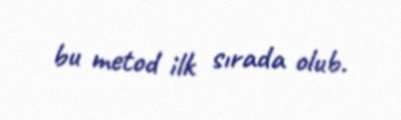
bu metod ilk sırada olub.